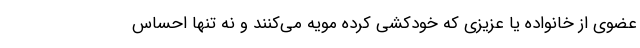
عضوی از خانواده یا عزیزی که خودکشی کرده مویه می‌کنند و نه تنها احساس